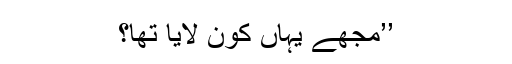
’’مجھے یہاں کون لایا تھا؟